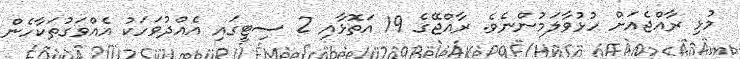
މުޅި ރާއްޖެއަށް ހުޅުވާލަމުންނެވެ. ރާއްޖޭގެ 19 އަތޮޅާއި 2 ސިޓީގައި އެއްދުވަހަކު އެއްވަގުތަކާހެން